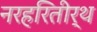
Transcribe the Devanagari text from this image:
नरहरितीर्थ